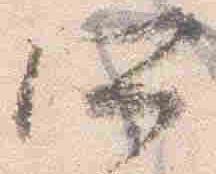
所